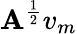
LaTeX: \mathbf{A}^{\frac{{1}}{{2}}}v_{m}